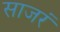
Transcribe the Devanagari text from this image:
साजरं